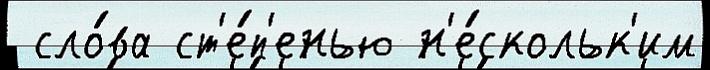
 сло́ва ст'е́п'енью н'е́скольк'им